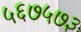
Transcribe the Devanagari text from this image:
५६७५७३